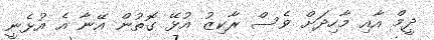
ދީމް އާއި މާހިދަށް ވެސް ރާކިޒު އުޅޭ ގޮތުން އޭނާ އެ އުޅެނީ